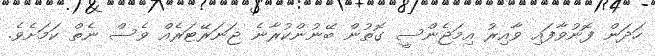
ހަދަން ފޮނުވާފައި ވާއިރު އިމަޖެންސީ ގޮތުން ބޭނުންކުރާނެ ޖަނަރޭޓަރެއް ވެސް ނެތް ކަމަށެވެ.